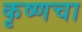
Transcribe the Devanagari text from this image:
कृष्णचा